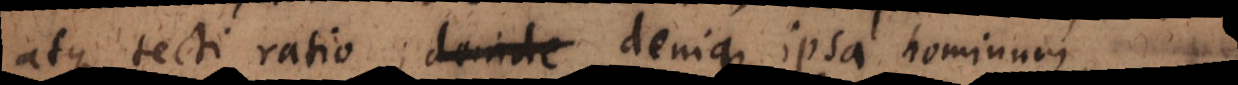
atque tecti ratio; denique ipsa hominum